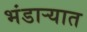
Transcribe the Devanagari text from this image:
भंडाऱ्यात